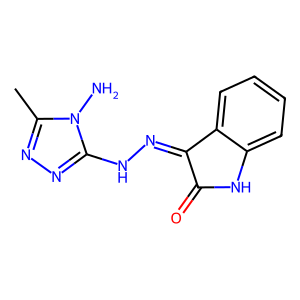
SMILES: Cc1nnc(NN=C2C(=O)Nc3ccccc32)n1N
Inhibits HIV replication: No